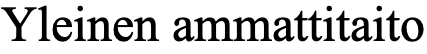
Yleinen ammattitaito